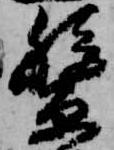
繋